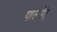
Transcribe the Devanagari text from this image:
पाल्मेऐ